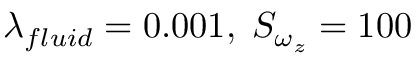
\lambda _ { f l u i d } = 0 . 0 0 1 , \; S _ { \omega _ { z } } = 1 0 0 \